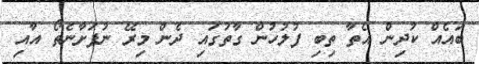
ބައެއް ކުދިން އެތާ ތިބި ފުލުހުން ގާތުގައި ދެން މިރޭ ނުފަށާނެތޯ އާއި